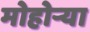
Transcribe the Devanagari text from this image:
मोहोऱ्या